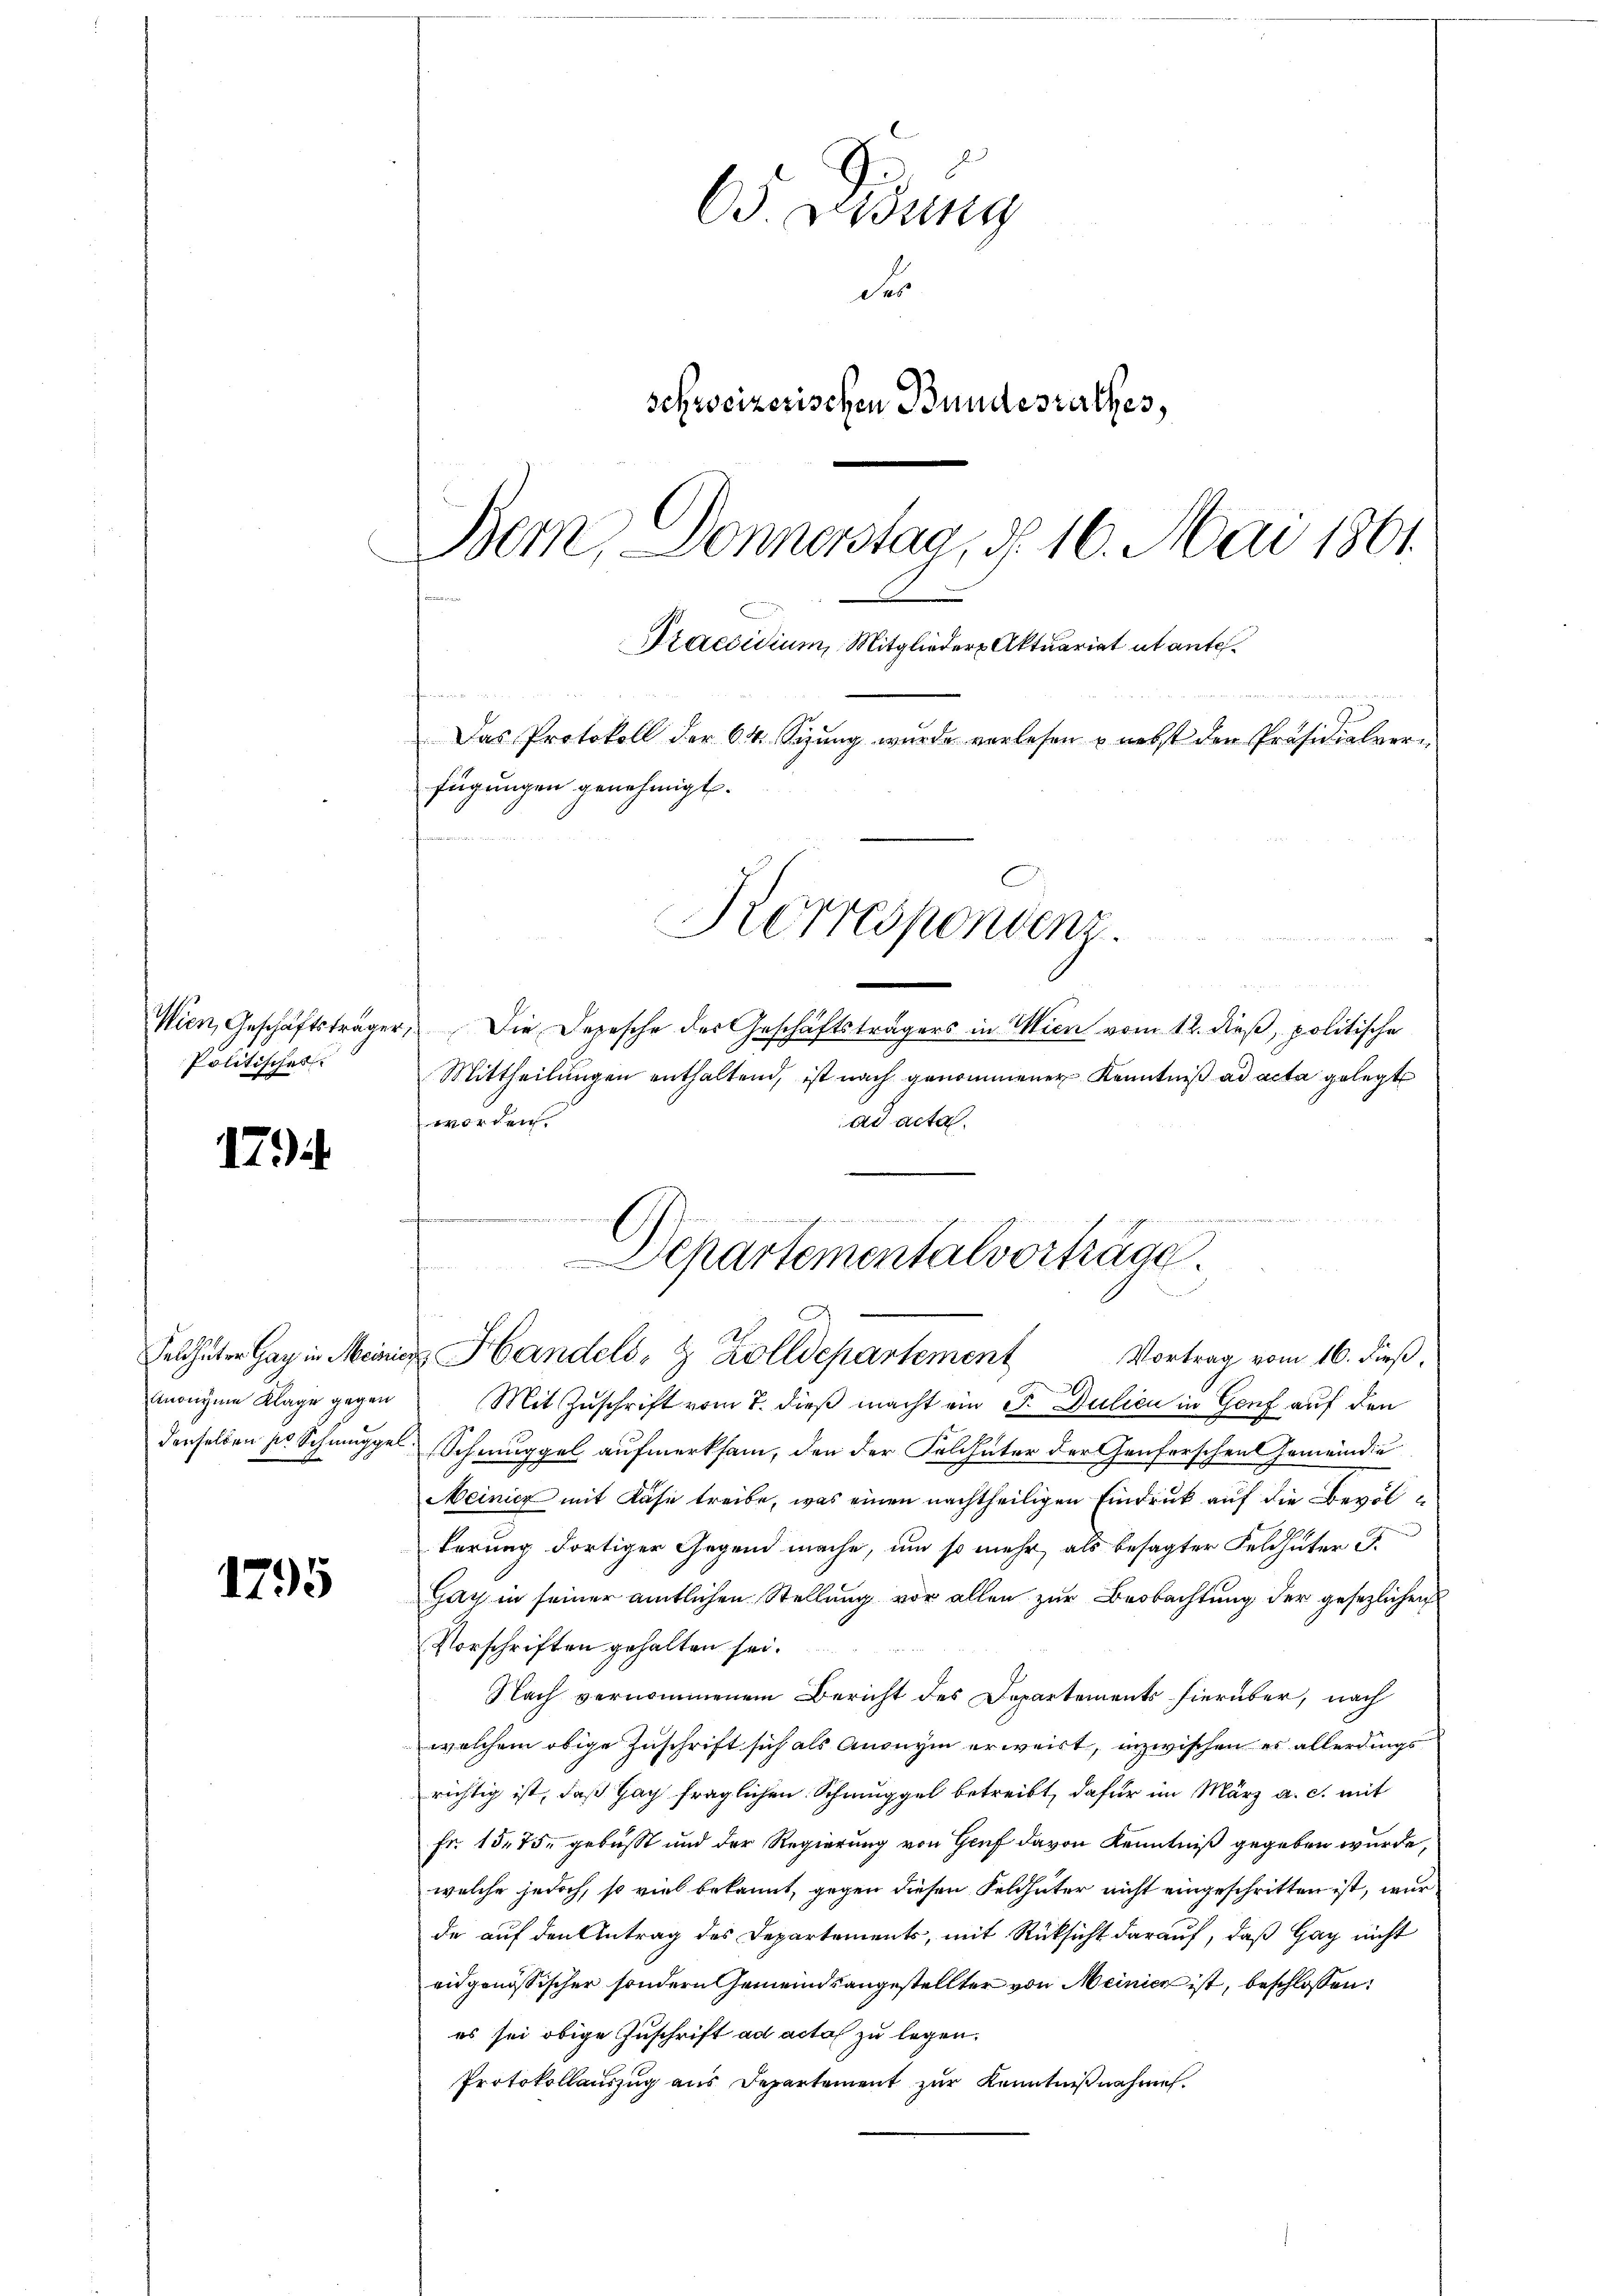
Wien, Geschäftsträge
Politisches

17

Anonyme Klage gegen
derselben so Schnuppel

1795

Didung
der
schweizerischen Bundesrathes,
Bern, Donnerstag, d. 16. Mai 1861.
Praesidium, Mitglieder Aktuariat et antefeine
Das Protokoll der 64. Sizung wurde verlesen u nebst der Präsidialverfügungen genehmigt.
Korrespondenz.

Die Depesche der Geschäftsträgers in Wien vom 12. dieß, politische
Mittheilungen enthaltend, ist nach genommener Kenntniß ad acta gelegt
worden.
ad acta

Mit Zuschrift vom 7. dieß macht ein 3. Julien in Genf auf den
Schmuggel aufmerksam, den der Feldhüter der Genferschen Gemeinde
Meinicz mit Käse treibe, was einen nachtheiligen Eindruck auf die Bevölkerung dortiger Gegend mache, um so mehr als besagter Feldhüter d
Gay in seiner amtlichen Stellung vor allen zur Beobachtung der gesezlichen
Vorschriften gehalten sei.
Nach vernommenem Bericht des Departements hierüber, nach
welchem obige Zuschrift sich als Anonym erweist, inzwischen es allerdings
richtig ist, daß Hach fraglichen Schmuggel betreibt, dafür im März a. c. mit
Fr. 1575, gebüßt und der Regierung von Genf davon Kenntniß gegeben wurde,
welche jedoch, so viel bekannt, gegen diesen Feldhüter nicht eingeschritten ist, wurde auf den Antrag des Departements, mit Rücksicht darauf, daß Hag nicht
eidgenössischer sondern Gemeindsangestellter von Meinien ist, beschlossen:
es sei obige Zuschrift ad acta zu legen.
Protokollauszug aus Departement zur Kenntnißnahme.

Separtementalvorträge.
Feldhüter Hag in Meiner Handels- & Zolldepartement Vortrag vom 16. dieβ,